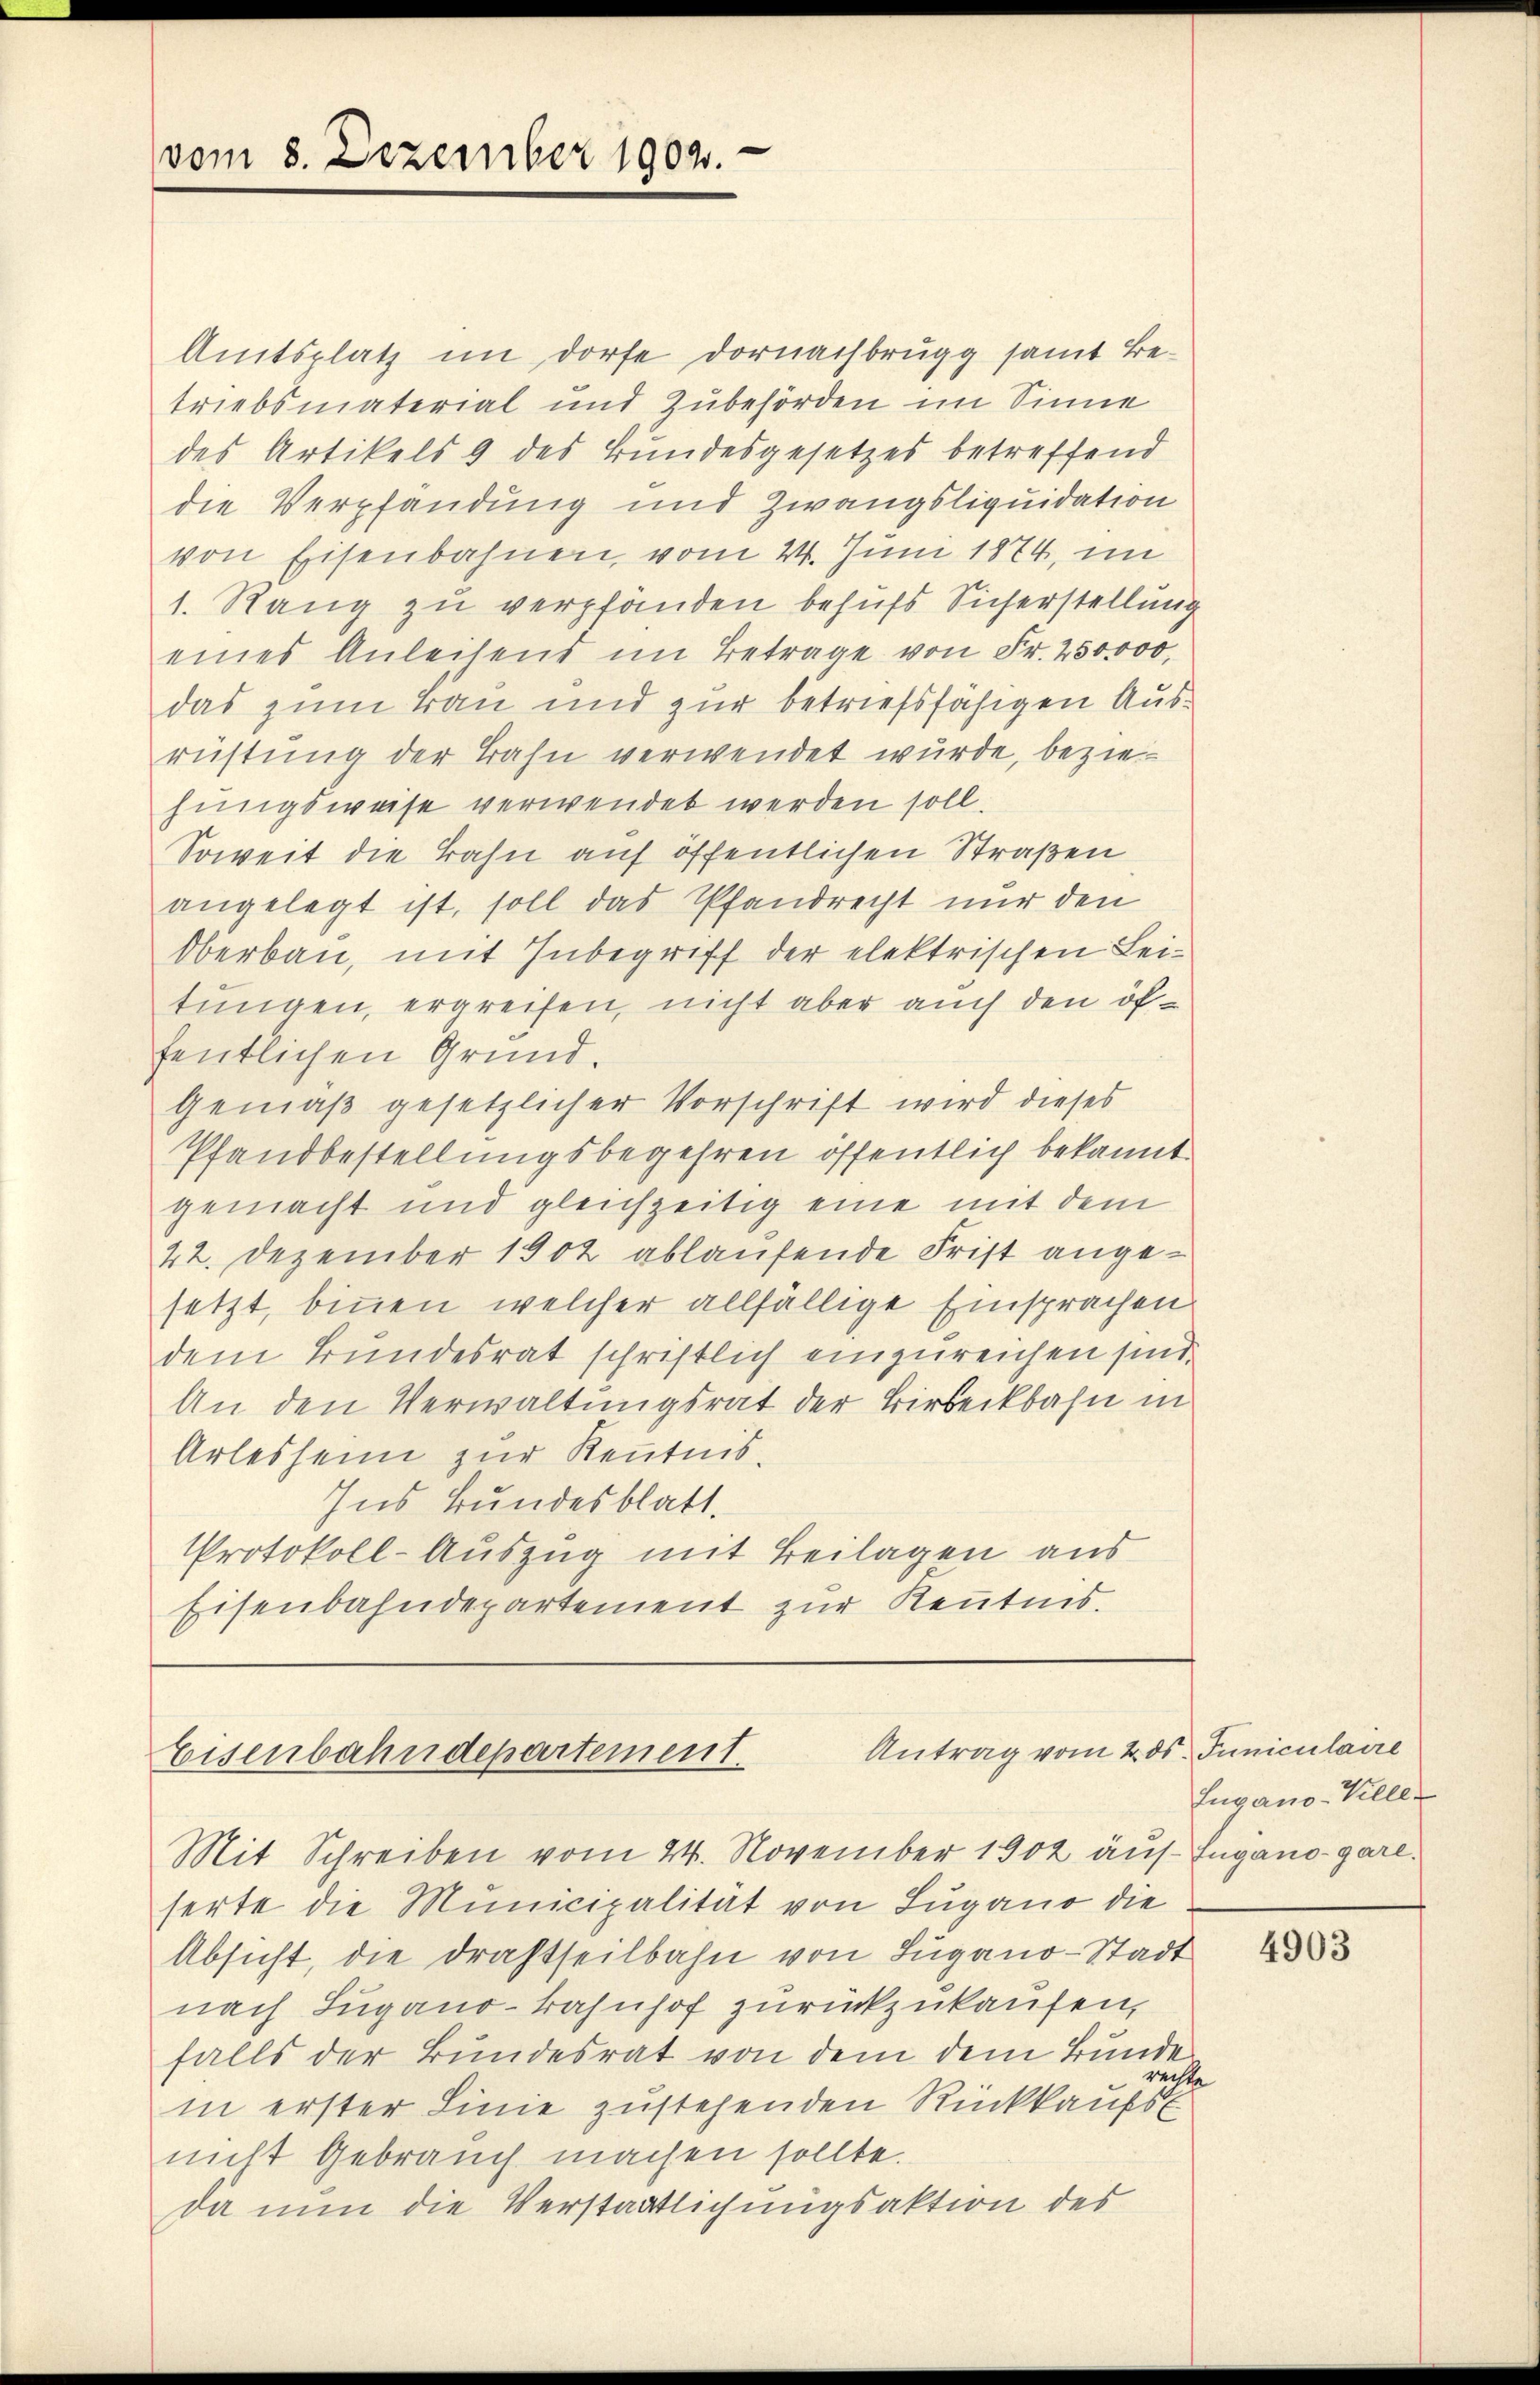
vom 8. Dezember 1902.

Amtsplatz im Dorfe Dornachbrugg samt Betriebsmaterial und Zubehörden im Sinne
des Artikels 9 des Bundesgesetzes betreffend
die Verpfandung und Zwangsliquidation
von Eisenbahnen, vom 24. Juni 1874, im
1. Rang zu verpfänden behufs Sicherstellung
eines Anleisend im Betrage von Fr. 250,000,
das zum Bau und zur betriefsfähigen Ausrüstung der Bahn verwendet wurde, beziehungsweise verwendet werden soll.
Soweit die Bahn auf öffentlichen Straßen
angelegt ist, soll das Pfandrecht nur den
Oberbau, mit Inbegriff der elektrischen Leitungen, ergreifen, nicht aber auch den öffentlichen Grund.
Gemäß gesetzlicher Vorschrift wird dieses
Pfandbestellungsbegehren öffentlich bekannt
gemacht und gleichzeitig eine mit dem
22. Dezember 1902 ablaufende Frist angesetzt, binnen, welcher allfällige Einsprachen
dem Bundesrat schriftlich einzureichen sind.
An den Verwaltungsrat der Birseckbahn in
Arlesheim zur Kenntnis¬
Ins Bundesblatt.
Protokoll-Auszug mit Beilagen aus
Eisenbahndepartement zur Kenntnis.

Antrag vom 2. ds. Juniculaire
Eisenbahndepartement.

Mit Schreiben vom 24. November 1902 auf Lugano-gare.
serte die Municipalität von Lugano die
Absicht, die Drahtheilbahn von Lugano-Stadt
nach Lugano-Bahnhof zurückzukaufen,
falls der Bundesrat von dem dem Bunde
rechte
in erster Linie zustehenden Rückkaufs
nicht Gebrauch machen sollte.
da nun die Verstaatlichungsaktion des

Lugano-Klle-

4903